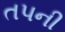
તપની